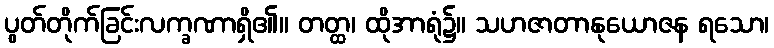
ပွတ်တိုက်ခြင်းလက္ခဏာရှိ၏။ တတ္ထ၊ ထိုအာရုံ၌။ သဟဇာတာနုယောဇန ရသော၊